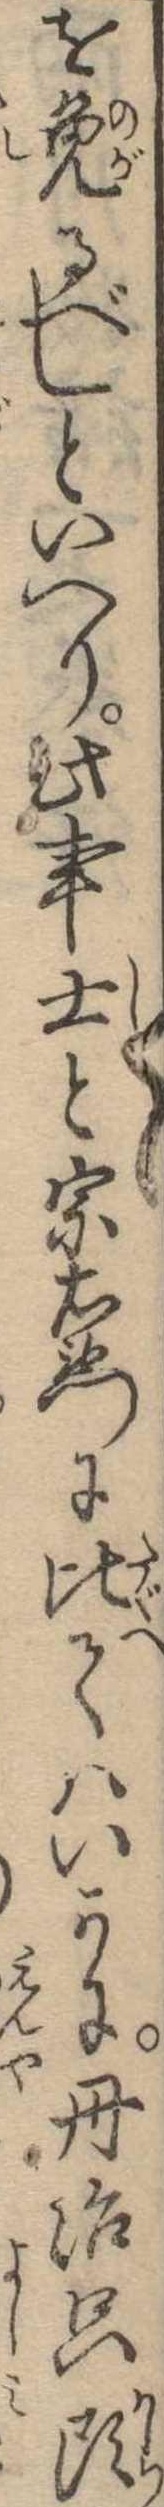
を免るべしといへり此事士と宗右衛門に比てはいかに丹治只頭